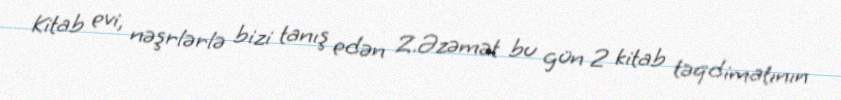
Kitab evi, nəşrlərlə bizi tanış edən Z.Əzəmət bu gün 2 kitab təqdimatının